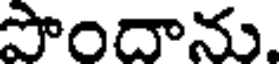
పొందాను.